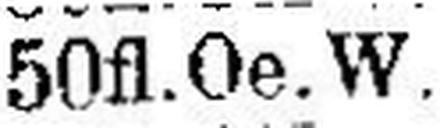
50fl.Oe.W.